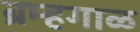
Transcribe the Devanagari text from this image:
ब्रम्हगाळ